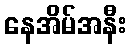
နေအိမ်အနီး